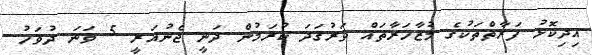
އިދިކޮޅު ފަރާތްތަކުގެ މުޒާހަރާތައް ވަރުގަދަ ކުރަމުން ދަނީ ޖެނުއަރީ 5 ވަނަ ދުވަހު